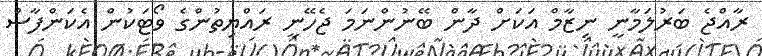
ރާއްޖެ ބަރުލަމާނީ ނިޒާމް އަކަށް ދާން ބޭނުންނަމަ ޖެހޭނީ ރައްޔިތުންގެ ވޯޓަކުން އެކަންފާސް